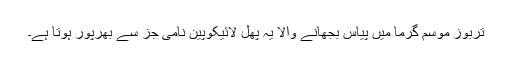
تربوز موسم گرما میں پیاس بجھانے والا یہ پھل لائیکوپین نامی جز سے بھرپور ہوتا ہے۔